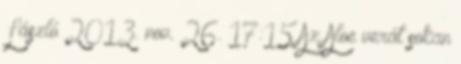
László 2013. nov. 26. 17:15 Az Aloe verát sokan